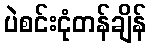
ပဲစင်းငုံတန်ချိန်